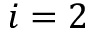
i = 2